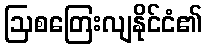
ဩစတြေးလျနိုင်ငံ၏